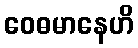
ဝေဓမာနေဟိ